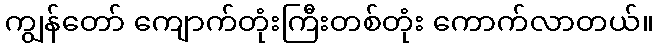
ကျွန်တော် ကျောက်တုံးကြီးတစ်တုံး ကောက်လာတယ်။